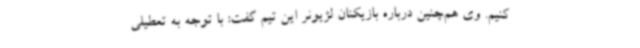
کنیم. وی هم‌چنین درباره بازیکنان لژیونر این تیم گفت: با توجه به تعطیلی